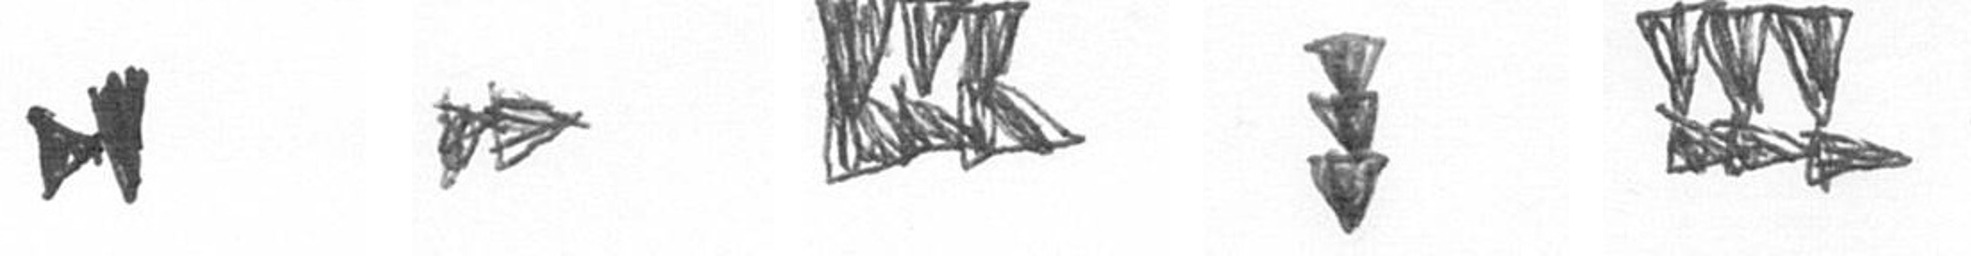
M A D E D